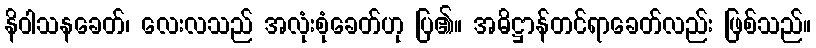
နိဝါသနခေတ်၊ လေးလသည် အလုံးစုံခေတ်ဟု ပြ၏။ အဓိဋ္ဌာန်တင်ရာခေတ်လည်း ဖြစ်သည်။